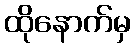
ထိုနောက်မှ